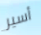
أسير